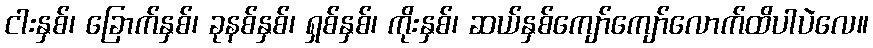
ငါးနှစ်၊ ခြောက်နှစ်၊ ခုနစ်နှစ်၊ ရှစ်နှစ်၊ ကိုးနှစ်၊ ဆယ်နှစ်ကျော်ကျော်လောက်ထိပါပဲလေ။